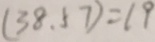
( 3 8 . 5 7 ) = 1 9